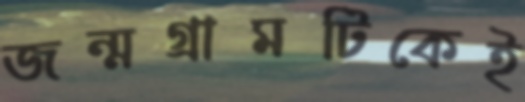
জন্মগ্রামটিকেই